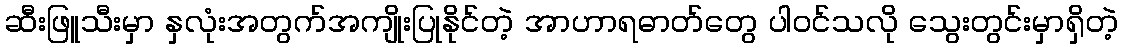
ဆီးဖြူသီးမှာ နှလုံးအတွက်အကျိုးပြုနိုင်တဲ့ အာဟာရဓာတ်တွေ ပါဝင်သလို သွေးတွင်းမှာရှိတဲ့